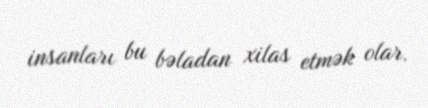
insanları bu bəladan xilas etmək olar.